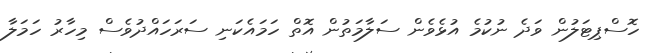
ހޮސްޕިޓަލުން ވަދެ ނުކުމެ އުޅެވެން ސަލާމަތުން އޮތް ހަމައެކަނި ސަރަހައްދުވެސް މިހާރު ހަމަލާ